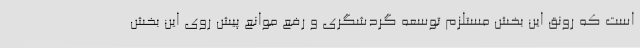
است که رونق این بخش مستلزم توسعه گردشگری و رفع موانع پیش روی این بخش